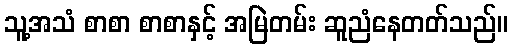
သူ့အသံ စာစာ စာစာနှင့် အမြဲတမ်း ဆူညံနေတတ်သည်။